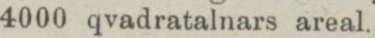
4000 qvadratalnars areal.